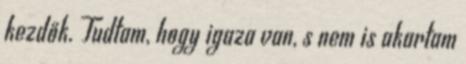
kezdők. Tudtam, hogy igaza van, s nem is akartam